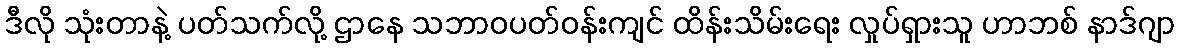
ဒီလို သုံးတာနဲ့ ပတ်သက်လို့ ဌာနေ သဘာဝပတ်ဝန်းကျင် ထိန်းသိမ်းရေး လှုပ်ရှားသူ ဟာဘစ် နာဒ်ဂျာ